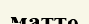
матте